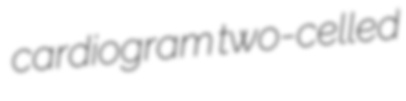
cardiogram two-celled